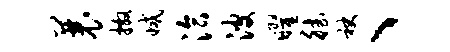
曩撒减洽波曜德袂、